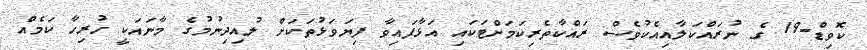
ކޮވިޑް-19 ގެ ނުރައްކަލާއިއެކުވެސް ރައްކާތެރިކަމަށްޓަކައި އަޅާފައިވާ ފިޔަވަޅުތަކަށް ލުއިދިނުމުގެ މާނައަކީ ހުރިހާ ކަމެއް